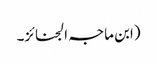
(ابن ماجہ الجنائز۔